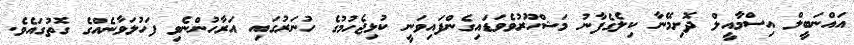
އައްނަބީލް އިސްމާއީލް ދޮށިމޭނާ ކިލެގެފާނު މަޝްހޫރުވެވަޑައިގެންފައިވަނީ ކުޅިޖެހުމުގެ ހުނަރުގައި އަރާހުންނެވި ފަހުލަވާނެއްގެ ގޮތުގައެވެ.